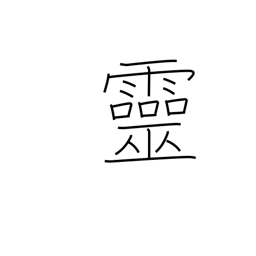
Meaning: spirit